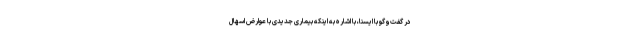
در گفت‌وگو با ایسنا، با اشاره به اینکه بیماری جدیدی با عوارض اسهال